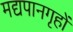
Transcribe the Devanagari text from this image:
मद्यपानगृहों